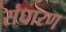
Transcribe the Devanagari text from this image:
संघारण